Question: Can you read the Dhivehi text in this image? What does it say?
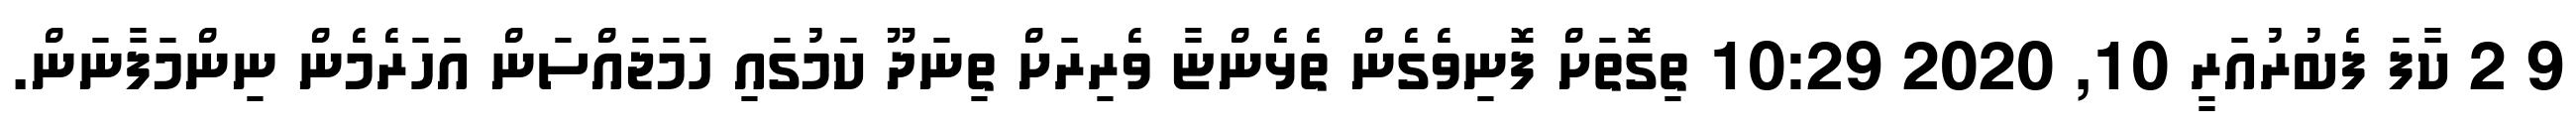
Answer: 9 2 ކާފަ ފެބުރުއަރީ 10, 2020 10:29 ތިގޮތަށް ފޮނިވެގެން ތެޅެންޏާ ވެރިރަށް ތިނަދޫ ކަމުގައި ހަމަޖައްސަން އަހަރެމެން ނިންމަފާނަން.